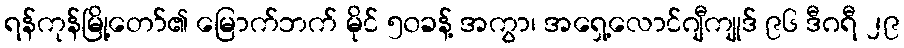
ရန်ကုန်မြို့တော်၏ မြောက်ဘက် မိုင် ၅၀ခန့် အကွာ၊ အရှေ့လောင်ဂျီကျုဒ် ၉၆ ဒီဂရီ ၂၉